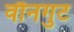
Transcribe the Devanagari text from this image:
वौनगुट